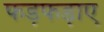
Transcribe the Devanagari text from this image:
फड़फड़ाए